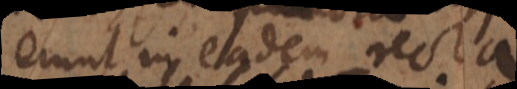
erunt in eadem recta,